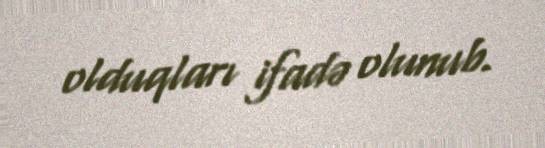
olduqları ifadə olunub.